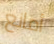
أمانع